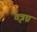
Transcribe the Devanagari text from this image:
वृत्रघ्न